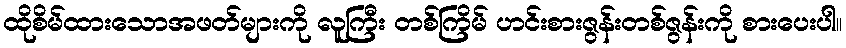
ထိုစိမ်ထားသောအဖတ်များကို လူကြီး တစ်ကြိမ် ဟင်းစားဇွန်းတစ်ဇွန်းကို စားပေးပါ။